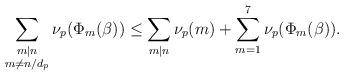
LaTeX: \begin{align*}\sum_{\substack{m\mid n\\m\neq n/d_p}}\nu_p(\Phi_m(\beta))\le \sum_{m\mid n}\nu_p(m)+\sum^7_{m=1}\nu_p(\Phi_m(\beta)).\end{align*}